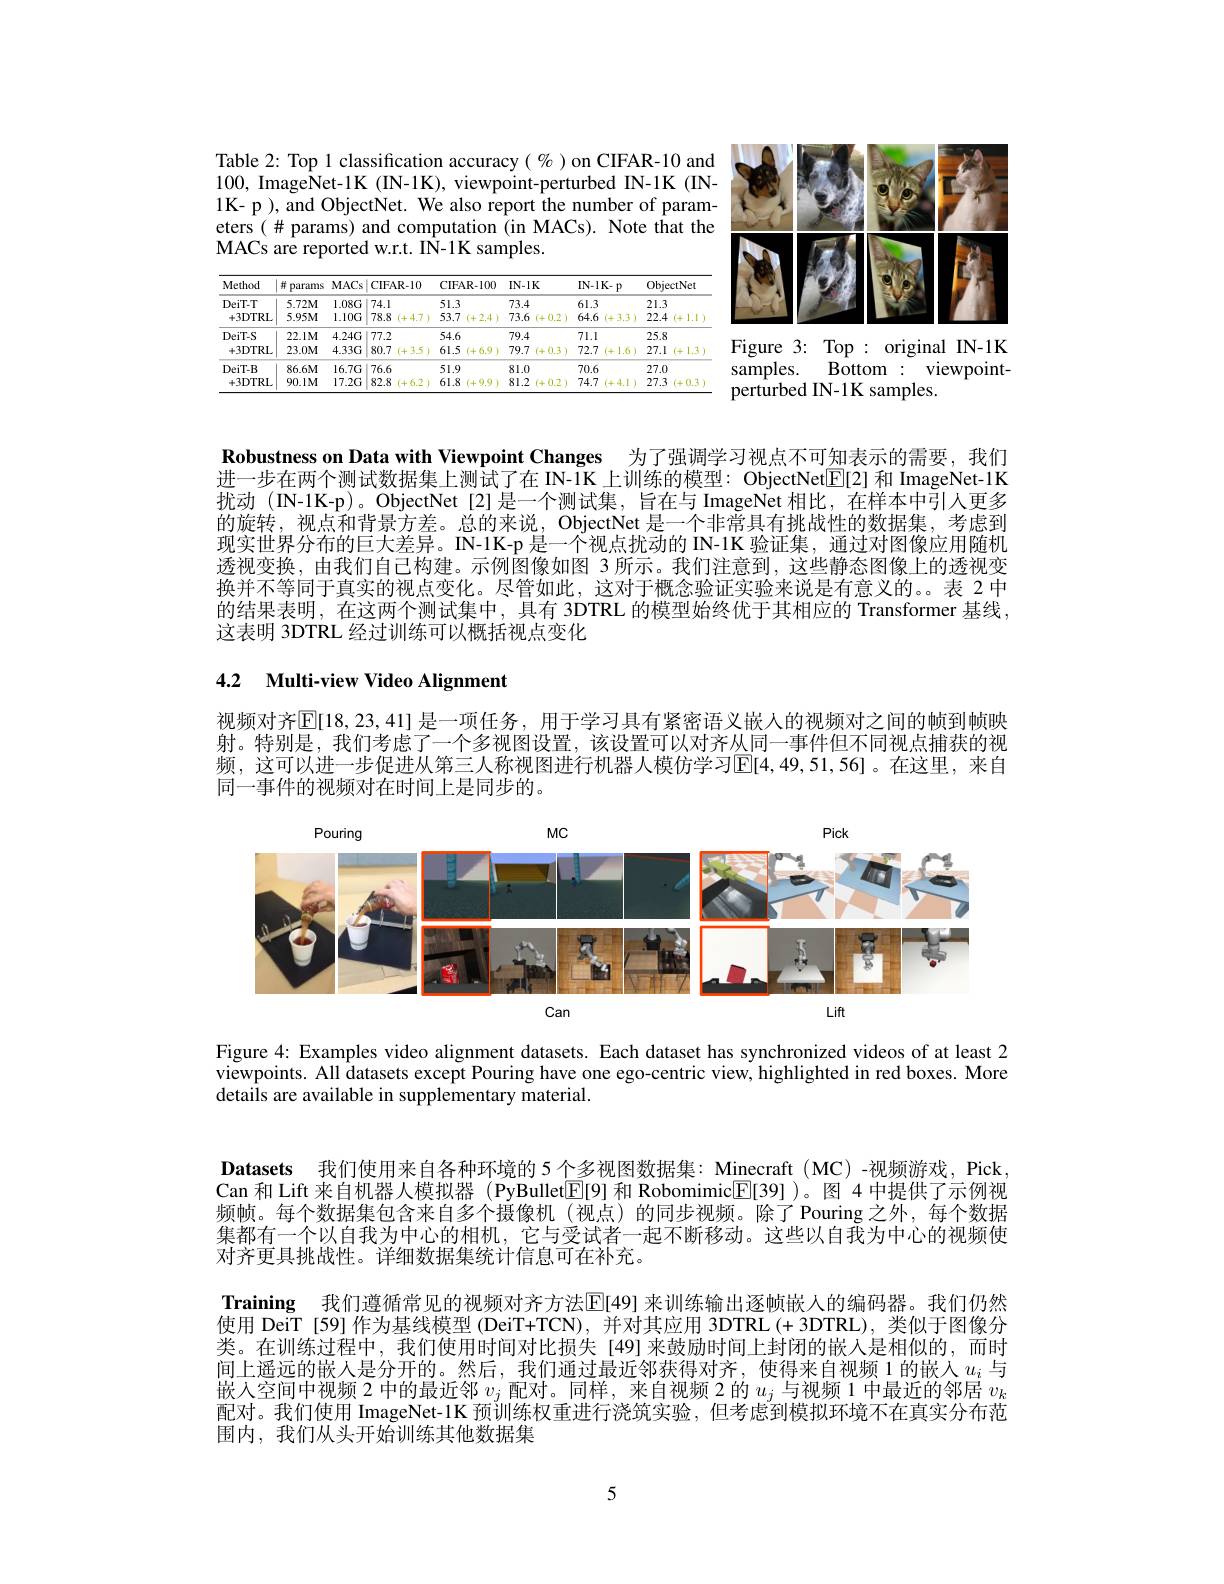
Table 2: Top 1 classification accuracy( %)on CIFAR-10 and 100, ImageNet-1K (IN-1K), viewpoint-perturbed IN-1K (IN- 1K- p ), and ObjectNet. We also report the number of parameters(#params) and computation (in MACs). Note that the MACs are reported w.r.t. IN-1K samples.

<table>
	<tbody>
		<tr>
			<th>Method</th>
			<th>井 params</th>
			<th>MACs</th>
			<th>CIFAR- 10</th>
			<th>CIFAR- 100</th>
			<th>$IN-1K$</th>
			<th>$IN-1K-p$</th>
			<th>ObjectNet</th>
		</tr>
		<tr>
			<td rowspan="2">DeiT-T $+3DTRL$</td>
			<td>$5.72M$</td>
			<td>$1.08G$</td>
			<td>74.1</td>
			<td>51.3</td>
			<td>73.4</td>
			<td>61.3</td>
			<td>21.3</td>
		</tr>
		<tr>
			<td>$5.95M$</td>
			<td>$1.10G$</td>
			<td>78.8 (+4.7)</td>
			<td>53.7 (+2.4)</td>
			<td>73.6 (+0.2)</td>
			<td>64.6 (+3.3)</td>
			<td>22.4 (+1.1</td>
		</tr>
		<tr>
			<td>DeiT-S</td>
			<td>$22.1M$</td>
			<td>$4.24G$</td>
			<td>77.2</td>
			<td>54.6</td>
			<td>79.4</td>
			<td>71.1</td>
			<td>25.8</td>
		</tr>
		<tr>
			<td>$+3DTRL$</td>
			<td>$23.0M$</td>
			<td>$4.33G$</td>
			<td>80.7 (+3.5)</td>
			<td>61.5 (+6.9)</td>
			<td>79.7 (+0.3)</td>
			<td>72.7 (+1.6)</td>
			<td>27.1 (+1.3</td>
		</tr>
		<tr>
			<td rowspan="2">DeiT-B $+3DTRL$</td>
			<td>$86.6M$</td>
			<td>$16.7G$</td>
			<td>76.6</td>
			<td>51.9</td>
			<td>81.0</td>
			<td>70.6</td>
			<td>27.0</td>
		</tr>
		<tr>
			<td>$90.1M$</td>
			<td>$17.2G$</td>
			<td>82.8 (+6.2</td>
			<td>61.8 (+9.9</td>
			<td>81.2 $i+$ +0.2</td>
			<td>74.7 1+ +4.1</td>
			<td>27.3 $i+$ 0.3</td>
		</tr>
	</tbody>
</table>

<FigureHere>
Figure 3: Top : original IN-1K

${\tilde{\text{Bottom}} : }$ viewpoint-
samples.
$\hat{\text{perturbed IN-1K samples}}.$

Robustness on Data with Viewpoint Changes 为了强调学习视点不可知表示的需要，我们进一步在两个测试数据集上测试了在 IN-1K 上训练的模型：ObjectNet$\mathbb{E}[2]$和 ImageNet-1K 扰动 (IN-1K-p)。ObjectNet[2]是一个测试集，旨在与 ImageNet 相比，在样本中引人更多的旋转，视点和背景方差。总的来说，ObjectNet 是一个非常具有挑战性的数据集，考虑到现实世界分布的巨大差异。IN-1K-p 是一个视点扰动的 IN-1K 验证集，通过对图像应用随机透视变换，由我们自己构建。示例图像如图 3 所示。我们注意到，这些静态图像上的透视变换并不等同于真实的视点变化。尽管如此，这对于概念验证实验来说是有意义的。表 2 中的结果表明，在这两个测试集中，具有 3DTRL 的模型始终优于其相应的 Transformer 基线， 这表明 3DTRL 经过训练可以概括视点变化

# 4.2 Multi-view Video Alignment

视频对齐$\mathbb{E}[18,23,41]$ 是一项任务，用于学习具有紧密语义嵌人的视频对之间的帧到帧映射。特别是，我们考虑了一个多视图设置，该设置可以对齐从同一事件但不同视点捕获的视频，这可以进一步促进从第三人称视图进行机器人模仿学习$\mathbb{E}[4,49,51,56]$。在这里，来自同一事件的视频对在时间上是同步的。

<FigureHere>

Figure 4: Examples video alignment datasets. Each dataset has synchronized videos of at least 2 viewpoints. All datasets except Pouring have one ego-centric view, highlighted in red boxes. More details are available in supplementary material.

Datasets 我们使用来自各种环境的 5个多视图数据集：Minecraft (MC)-视频游戏，Pick Can 和 Lift 来自机器人模拟器 (PyBullet$\boxed{\mathrm{E}}[9]$和 Robomimic$\boxed{\mathrm{E}}[39]$ )。图 4 中提供了示例视频帧。每个数据集包含来自多个摄像机(视点)的同步视频。除了Pouring之外，每个数据集都有一个以自我为中心的相机，它与受试者一起不断移动。这些以自我为中心的视频使对齐更具挑战性。详细数据集统计信息可在补充。
Training 我们遵循常见的视频对齐方法$\overline{\mathbb{E}}[49]$ 来训练输出逐帧嵌人的编码器。我们仍然使用 DeiT [59] 作为基线模型 (DeiT+TCN),并对其应用 3DTRL(+3DTRL),类似于图像分类。在训练过程中，我们使用时间对比损失[49]来鼓励时间上封闭的嵌人是相似的，而时间上遥远的嵌人是分开的。然后，我们通过最近邻获得对齐，使得来自视频 1 的嵌入$\underline{u_i}$与嵌入空间中视频 2 中的最近邻$v_j$配对。同样，来自视频 2 的$u_j$与视频 1 中最近的邻居$v_k$ 配对。我们使用 ImageNet-1K 预训练权重进行浇筑实验，但考虑到模拟环境不在真实分布范围内，我们从头开始训练其他数据集

5